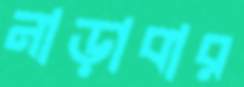
নাড়াবার